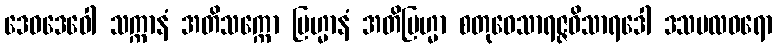
ဒေဝဒေဝေါ သက္ကာနံ အတိသက္ကော ဗြဟ္မာနံ အတိဗြဟ္မာ စတုဝေသာရဇ္ဇဝိသာရဒေါ ဒသဗလဓရော